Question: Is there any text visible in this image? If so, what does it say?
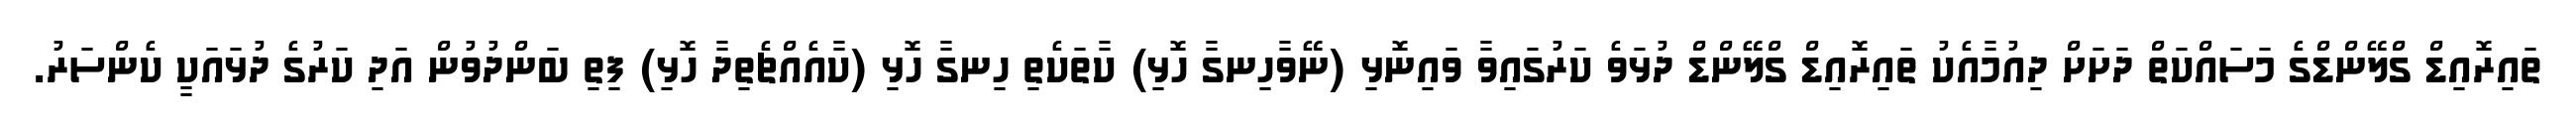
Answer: ތައިރޮއިޑް ގްލޭންޑްގެ މަސައްކަތް ދަށަށް ދިއުމާއެކު ތައިރޮއިޑް ގްލޭންޑް ދުޅަވެ ކަރުގައިވާ ވައިނޮޅި (ނޭވާހިނގާ ހޮޅި) ކާތަކެތި ހިނގާ ހޮޅި (ކާއެއްޗެތިދާ ހޮޅި) ފިތި ބަންދުވުން އަދި ކަރުގެ ދުޅައަކީ ކެންސަރު.